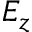
E _ { z }